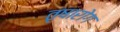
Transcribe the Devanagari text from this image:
तृषारोग